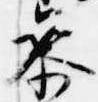
参